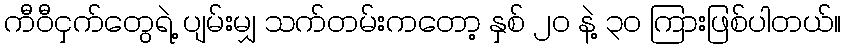
ကီဝီငှက်တွေရဲ့ ပျမ်းမျှ သက်တမ်းကတော့ နှစ် ၂ဝ နဲ့ ၃၀ ကြားဖြစ်ပါတယ်။